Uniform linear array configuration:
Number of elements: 64
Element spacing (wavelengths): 0.25
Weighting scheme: hann
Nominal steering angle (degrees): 60
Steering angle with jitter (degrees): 61.607
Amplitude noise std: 0.05
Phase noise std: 0.05

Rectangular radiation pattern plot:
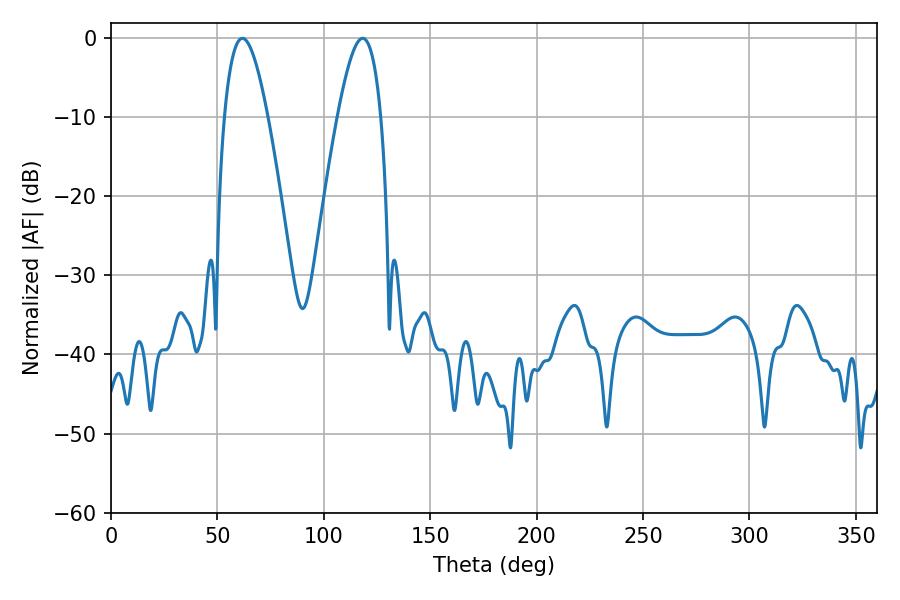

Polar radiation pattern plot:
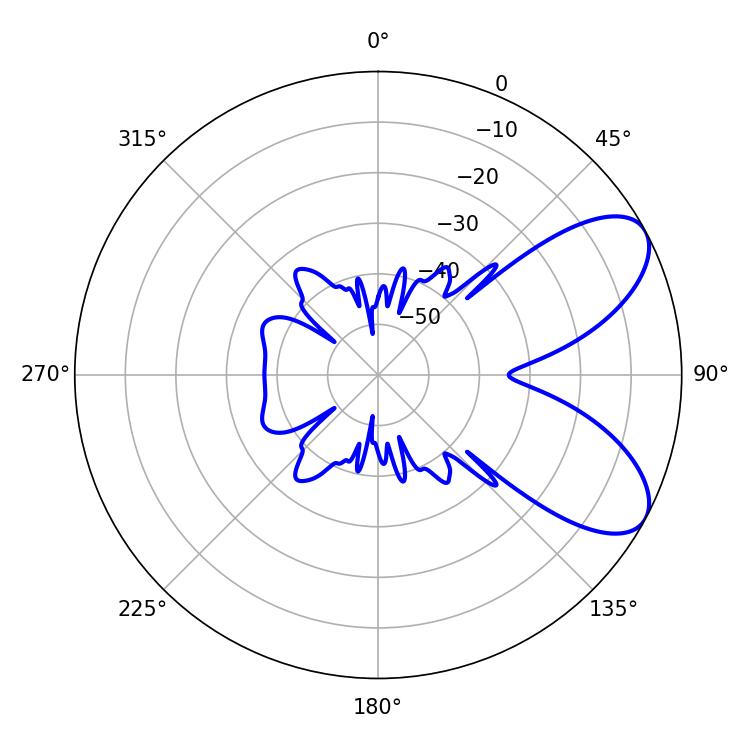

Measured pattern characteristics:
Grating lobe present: FALSE
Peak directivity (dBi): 7.316
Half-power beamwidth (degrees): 11.16
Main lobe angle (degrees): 118.26